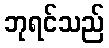
ဘုရင်သည်